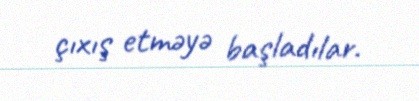
çıxış etməyə başladılar.